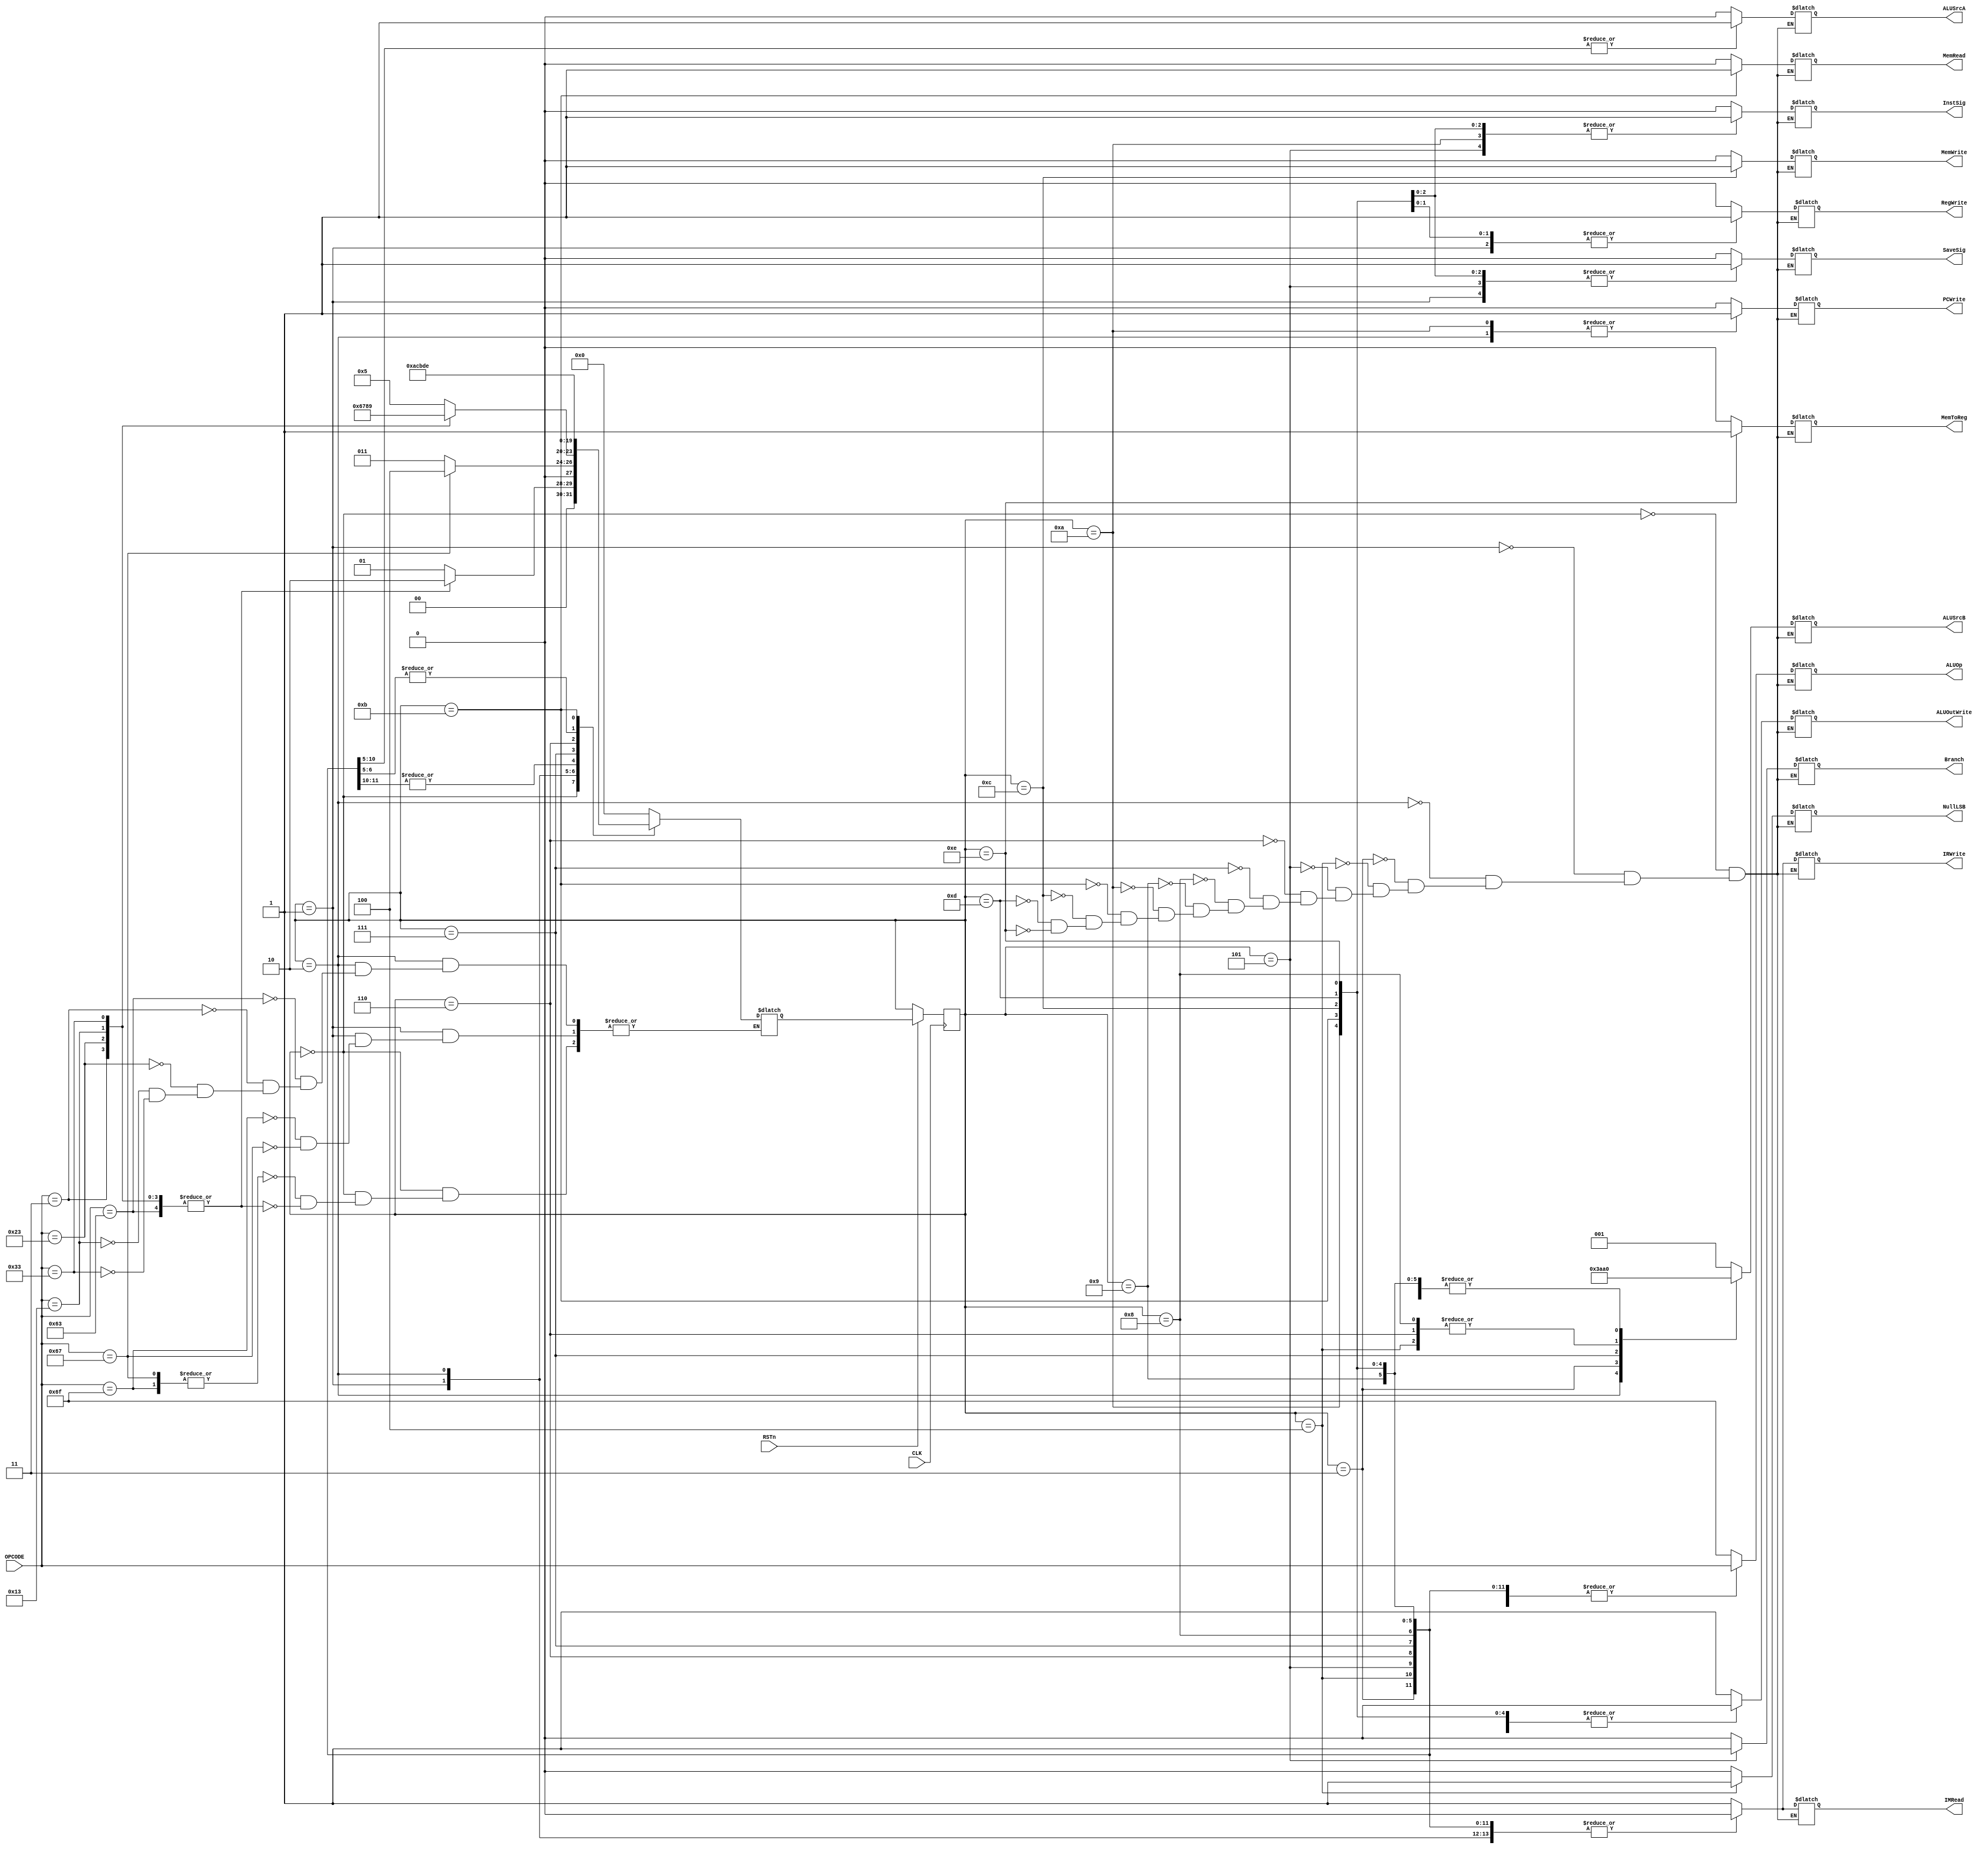
module CONTROL (
  input CLK,
  input [6:0]OPCODE,
  input RSTn,

  output reg PCWrite,
  output reg Branch,
  output reg IMRead,
  output reg IRWrite,
  output reg RegWrite,
  output reg ALUSrcA,
  output reg [2:0] ALUSrcB,
  output reg [6:0] ALUOp,
  output reg NullLSB,
  output reg MemRead,
  output reg MemWrite,
  output reg MemToReg,
  output reg InstSig,
  output reg ALUOutWrite,
  output reg SaveSig
);

reg [3:0] current_state = 4'b0000;
reg [3:0] next_state;

// states 
parameter stateNeg = 4'b1111;
parameter state0 = 4'b0000;
parameter state1 = 4'b0001;
parameter state2 = 4'b0010;
parameter state3 = 4'b0011;
parameter state4 = 4'b0100;
parameter state5 = 4'b0101;
parameter state6 = 4'b0110;
parameter state7 = 4'b0111;
parameter state8 = 4'b1000;
parameter state9 = 4'b1001;
parameter state10 = 4'b1010;
parameter state11 = 4'b1011;
parameter state12 = 4'b1100;
parameter state13 = 4'b1101;
parameter state14 = 4'b1110;



always@(posedge CLK)
begin
  if(RSTn) begin
    current_state <= next_state;
  end
end

  // else current_state = next_state; // MAYBE ONE CYLE LATER

  // SET THE OUTPUT CONTROL SIGNALS
always@(current_state) begin
      //if(RSTn) begin

      //$display("I'm BUSSSING state %d", current_state );
      /*
      PCWrite = 1'b0;
      Branch = 1'b0;
      IMRead = 1'b0;
      IRWrite = 1'b0;
      RegWrite = 1'b0;
      ALUSrcA = 1'b0;
      ALUSrcB = 3'b000;
      ALUOp = OPCODE;
      NullLSB = 1'b0;
      MemRead = 1'b0;
      MemWrite = 1'b0;
      MemToReg = 1'b0;
      */
      case(current_state)
      // stateNeg: begin 
      //   next_state = state0; 
      // end
      state0:
      begin
        IMRead = 1'b1;
        IRWrite = 1'b1;
        ALUSrcB = 3'b001;

        PCWrite = 1'b0;
        Branch = 1'b0;
        RegWrite = 1'b0;
        ALUSrcA = 1'b0;
        ALUOp = 7'b1101111;
        NullLSB = 1'b0;
        MemRead = 1'b0;
        MemWrite = 1'b0;
        MemToReg = 1'b0;
        InstSig = 1'b0;
        ALUOutWrite = 1'b1;
        SaveSig = 1'b0;
      end
      state1:
      begin
        RegWrite = 1'b1;

        PCWrite = 1'b0;
        Branch = 1'b0;
        IMRead = 1'b0;
        IRWrite = 1'b0;
        ALUSrcA = 1'b0;
        ALUSrcB = 3'b000;
        ALUOp = OPCODE;
        NullLSB = 1'b0;
        MemRead = 1'b0;
        MemWrite = 1'b0;
        MemToReg = 1'b0;
        InstSig = 1'b0;
        ALUOutWrite = 1'b0;
        SaveSig = 1'b1;
      end
      state2:
      begin
        PCWrite = 1'b1;
        ALUSrcB = 3'b011;

        Branch = 1'b0;
        IMRead = 1'b0;
        IRWrite = 1'b0;
        RegWrite = 1'b0;
        ALUSrcA = 1'b0;
        ALUOp = 7'b1101111;
        NullLSB = 1'b0;
        MemRead = 1'b0;
        MemWrite = 1'b0;
        MemToReg = 1'b0;
        InstSig = 1'b0;
        ALUOutWrite = 1'b1;
        SaveSig = 1'b0;
      end
      state3:
      begin
        ALUSrcB = 3'b101;

        PCWrite = 1'b0;
        Branch = 1'b0;
        IMRead = 1'b0;
        IRWrite = 1'b0;
        RegWrite = 1'b0;
        ALUSrcA = 1'b0;
        ALUOp = OPCODE;
        NullLSB = 1'b0;
        MemRead = 1'b0;
        MemWrite = 1'b0;
        MemToReg = 1'b0;
        InstSig = 1'b0;
        ALUOutWrite = 1'b1;
        SaveSig = 1'b0;
      end
      state4:
      begin
        ALUSrcB = 3'b100;
        NullLSB = 1'b1;

        PCWrite = 1'b0;
        Branch = 1'b0;
        IMRead = 1'b0;
        IRWrite = 1'b0;
        RegWrite = 1'b0;
        ALUSrcA = 1'b1;
        ALUOp = OPCODE;
        MemRead = 1'b0;
        MemWrite = 1'b0;
        MemToReg = 1'b0;
        InstSig = 1'b0;
        ALUOutWrite = 1'b1;
        SaveSig = 1'b0;
      end
      state5:
      begin
        Branch = 1'b1;
        ALUSrcA = 1'b1;

        PCWrite = 1'b0;
        IMRead = 1'b0;
        IRWrite = 1'b0;
        RegWrite = 1'b0;
        ALUSrcB = 3'b000;
        ALUOp = OPCODE;
        NullLSB = 1'b0;
        MemRead = 1'b0;
        MemWrite = 1'b0;
        MemToReg = 1'b0;
        InstSig = 1'b1;
        ALUOutWrite = 1'b0;
        SaveSig = 1'b1;
      end
      state6:
      begin
        ALUSrcA = 1'b1;
        ALUSrcB = 3'b100;

        PCWrite = 1'b0;
        Branch = 1'b0;
        IMRead = 1'b0;
        IRWrite = 1'b0;
        RegWrite = 1'b0;
        ALUOp = OPCODE;
        NullLSB = 1'b0;
        MemRead = 1'b0;
        MemWrite = 1'b0;
        MemToReg = 1'b0;
        InstSig = 1'b0;
        ALUOutWrite = 1'b1;
        SaveSig = 1'b0;
      end
      state7:
      begin
        ALUSrcA = 1'b1;
        ALUSrcB = 3'b010;

        PCWrite = 1'b0;
        Branch = 1'b0;
        IMRead = 1'b0;
        IRWrite = 1'b0;
        RegWrite = 1'b0;
        ALUOp = OPCODE;
        NullLSB = 1'b0;
        MemRead = 1'b0;
        MemWrite = 1'b0;
        MemToReg = 1'b0;
        InstSig = 1'b0;
        ALUOutWrite = 1'b1;
        SaveSig = 1'b0;
      end
      state8:
      begin
        ALUSrcA = 1'b1;
        ALUSrcB = 3'b100;

        PCWrite = 1'b0;
        Branch = 1'b0;
        IMRead = 1'b0;
        IRWrite = 1'b0;
        RegWrite = 1'b0;
        ALUOp = OPCODE;
        NullLSB = 1'b0;
        MemRead = 1'b0;
        MemWrite = 1'b0;
        MemToReg = 1'b0;
        InstSig = 1'b0;
        ALUOutWrite = 1'b1;
        SaveSig = 1'b0;
      end
      state9:
      begin
        ALUSrcA = 1'b1;

        PCWrite = 1'b0;
        Branch = 1'b0;
        IMRead = 1'b0;
        IRWrite = 1'b0;
        RegWrite = 1'b0;
        ALUSrcB = 3'b000;
        ALUOp = OPCODE;
        NullLSB = 1'b0;
        MemRead = 1'b0;
        MemWrite = 1'b0;
        MemToReg = 1'b0;
        InstSig = 1'b0;
        ALUOutWrite = 1'b1;
        SaveSig = 1'b0;
      end
      state10:
      begin
        PCWrite = 1'b1;

        Branch = 1'b0;
        IMRead = 1'b0;
        IRWrite = 1'b0;
        RegWrite = 1'b0;
        ALUSrcA = 1'b0;
        ALUSrcB = 3'b000;
        ALUOp = OPCODE;
        NullLSB = 1'b0;
        MemRead = 1'b0;
        MemWrite = 1'b0;
        MemToReg = 1'b0;
        InstSig = 1'b1;
        ALUOutWrite = 1'b0;
        SaveSig = 1'b0;
      end
      state11:
      begin
        MemRead = 1'b1;

        PCWrite = 1'b0;
        Branch = 1'b0;
        IMRead = 1'b0;
        IRWrite = 1'b0;
        RegWrite = 1'b0;
        ALUSrcA = 1'b0;
        ALUSrcB = 3'b000;
        ALUOp = OPCODE;
        NullLSB = 1'b0;
        MemWrite = 1'b0;
        MemToReg = 1'b0;
        InstSig = 1'b0;
        ALUOutWrite = 1'b0;
        SaveSig = 1'b0;
      end
      state12:
      begin
        MemWrite = 1'b1;

        PCWrite = 1'b0;
        Branch = 1'b0;
        IMRead = 1'b0;
        IRWrite = 1'b0;
        RegWrite = 1'b0;
        ALUSrcA = 1'b0;
        ALUSrcB = 3'b000;
        ALUOp = OPCODE;
        NullLSB = 1'b0;
        MemRead = 1'b0;
        MemToReg = 1'b0;
        InstSig = 1'b1;
        ALUOutWrite = 1'b0;
        SaveSig = 1'b1;
      end
      state13:
      begin
        RegWrite = 1'b1;

        PCWrite = 1'b0;
        Branch = 1'b0;
        IMRead = 1'b0;
        IRWrite = 1'b0;
        ALUSrcA = 1'b0;
        ALUSrcB = 3'b000;
        ALUOp = OPCODE;
        NullLSB = 1'b0;
        MemRead = 1'b0;
        MemWrite = 1'b0;
        MemToReg = 1'b0;
        InstSig = 1'b1;
        ALUOutWrite = 1'b0;
        SaveSig = 1'b1;
      end
      state14:
      begin
        RegWrite = 1'b1;
        MemToReg = 1'b1;

        PCWrite = 1'b0;
        Branch = 1'b0;
        IMRead = 1'b0;
        IRWrite = 1'b0;
        ALUSrcA = 1'b0;
        ALUSrcB = 3'b000;
        ALUOp = OPCODE;
        NullLSB = 1'b0;
        MemRead = 1'b0;
        MemWrite = 1'b0;
        InstSig = 1'b1;
        ALUOutWrite = 1'b0;
        SaveSig = 1'b1;
      end
      endcase

  //end
end 

always @(current_state or OPCODE) begin
  // SET THE NEXT STATE
  case(current_state)
   stateNeg: begin next_state = state0; end
  state0:
  begin
    case(OPCODE)
    7'b1101111, 7'b1100111: begin next_state = state1; end // JAL & JALR
    7'b1100011, 7'b0000011, 7'b0100011, 7'b0010011, 7'b0110011: begin next_state = state2; end //B-type, LW, SW, RImm, R-type
    endcase
  end
  state1: 
  begin
    case(OPCODE)
    7'b1101111: begin next_state = state3; end // JAL
    7'b1100111: begin next_state = state4; end // JALR
    endcase
  end
  state2:
  begin
    case(OPCODE)
    7'b1100011: begin next_state = state5; end // B-type
    7'b0000011: begin next_state = state6; end // LW
    7'b0100011: begin next_state = state7; end // SW
    7'b0010011: begin next_state = state8; end // RImm
    7'b0110011: begin next_state = state9; end // R-type
    endcase
  end
  state3: begin next_state = state10; end
  state4: begin next_state = state10; end
  state5: begin next_state = state0; end
  state7: begin next_state = state12; end
  state8: begin next_state = state13; end
  state6: begin next_state = state11; end
  state9: begin next_state = state13; end
  state10: begin next_state = state0; end
  state11: begin next_state = state14; end
  state12: begin next_state = state0; end
  state13: begin next_state = state0; end
  state14: begin next_state = state0; end
  default: begin next_state = state0; end 
  endcase
end
endmodule


module ALUCONTROL (
    input wire [6:0]func7,
    input wire [2:0]func3,
    input wire [6:0]ALUop,

    output reg [3:0] ALUControlSignal
);

    always @ (*) begin

        /*
        ALU Control Signal Table
            0000 ADD
            0001 SUB
            0010  < (signed)
            0011  >= (signed)
            0100  < (unsigned)
            0101  >= (unsigned)
            0110  ^ (XOR)
            0111  & (AND)
            1000  | (OR)
            1001  << (LLShift)
            1010  >> (RLShift)
            1011  >> (RAShift)
            1100  == (eq)
            1101  != (neq)
        */

        case (ALUop)
        7'b1101111: begin ALUControlSignal = 4'b0000; end // JAL 
        7'b1100111: begin ALUControlSignal = 4'b0000; end // JALR
        7'b1100011: begin // B-Type
            case (func3)
            3'b000: begin ALUControlSignal = 4'b1100; end // BEQ
            3'b001: begin ALUControlSignal = 4'b1101; end // BNE
            3'b100: begin ALUControlSignal = 4'b0010; end // BLT
            3'b101: begin ALUControlSignal = 4'b0011; end // BGE
            3'b110: begin ALUControlSignal = 4'b0100; end // BLTU
            3'b111: begin ALUControlSignal = 4'b0101; end // BGEU
            endcase
        end
        7'b0000011: begin ALUControlSignal = 4'b0000; end // LW
        7'b0100011: begin ALUControlSignal = 4'b0000; end // SW
        7'b0010011: begin // R-Type Imm
            case (func3)
                3'b000: begin ALUControlSignal = 4'b0000; end // ADDI
                3'b010: begin ALUControlSignal = 4'b0010; end // SLTI
                3'b011: begin ALUControlSignal = 4'b0100; end // SLTIU
                3'b100: begin ALUControlSignal = 4'b0110; end // XORI
                3'b110: begin ALUControlSignal = 4'b1000; end // ORI
                3'b111: begin ALUControlSignal = 4'b0111; end // ANDI
                3'b001: begin ALUControlSignal = 4'b1001; end // SLLI
                3'b101: begin // SR(L/A)I
                    case (func7)
                        7'b0000000: begin ALUControlSignal = 4'b1010; end // SRLI
                        7'b0100000: begin ALUControlSignal = 4'b1011; end // SRAI
                    endcase
                end
            endcase
        end
        7'b0110011: begin // R-Type rs2
            case (func3)
                3'b000: begin
                    case (func7)
                        7'b0000000: begin ALUControlSignal = 4'b0000; end // ADD
                        7'b0100000: begin ALUControlSignal = 4'b0001; end // SUB
                    endcase
                end
                3'b001: begin ALUControlSignal = 4'b1001; end // SLL
                3'b010: begin ALUControlSignal = 4'b0010; end // SLT
                3'b011: begin ALUControlSignal = 4'b0100; end // SLTU
                3'b100: begin ALUControlSignal = 4'b0110; end // XOR
                3'b101: begin // SLL
                    case (func7)
                        7'b0000000: begin ALUControlSignal = 4'b1010; end // SRL
                        7'b0100000: begin ALUControlSignal = 4'b1011; end // SRA
                    endcase
                end
                3'b110: begin ALUControlSignal = 4'b1000; end // OR
                3'b111: begin ALUControlSignal = 4'b0111; end // AND
            endcase
        end
        endcase

    end

endmodule